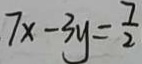
7 x - 3 y = \frac { 7 } { 2 }